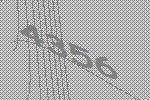
4356